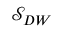
\mathcal { S } _ { D W }